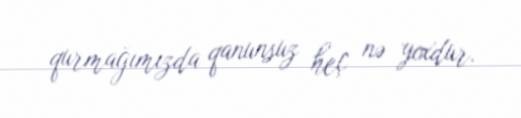
qurmağımızda qanunsuz heç nə yoxdur.